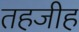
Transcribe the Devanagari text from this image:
तहजीह